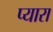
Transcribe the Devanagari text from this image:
प्‍यारा